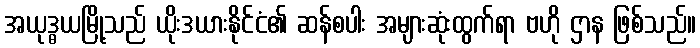
အယုဒ္ဓယမြို့သည် ယိုးဒယားနိုင်ငံ၏ ဆန်စပါး အများဆုံးထွက်ရာ ဗဟို ဌာန ဖြစ်သည်။